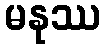
မနုဿ